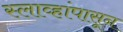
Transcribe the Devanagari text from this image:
स्लाव्हांपासून